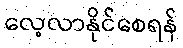
လေ့လာနိုင်စေရန်